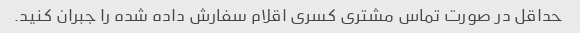
حداقل در صورت تماس مشتری کسری اقلام سفارش داده شده را جبران کنید.